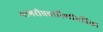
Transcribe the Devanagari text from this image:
नागरीप्रचारिणीपत्रिका